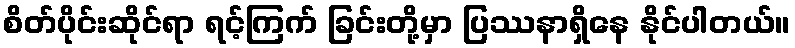
စိတ်ပိုင်းဆိုင်ရာ ရင့်ကြက် ခြင်းတို့မှာ ပြဿနာရှိနေ နိုင်ပါတယ်။